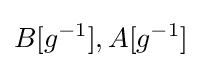
B[g^{-1}],A[g^{-1}]